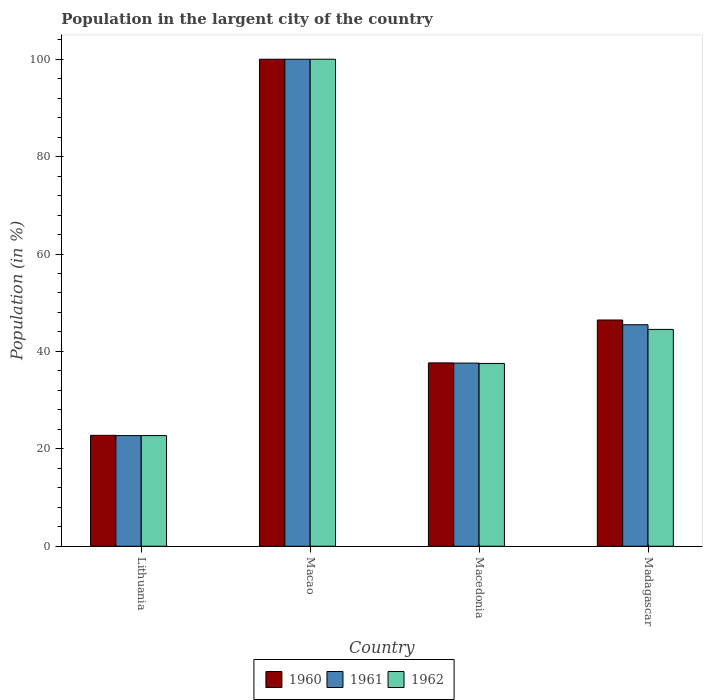
| Country | 1960 | 1961 | 1962 |
 | --- | --- | --- | --- |
 | Lithuania | 22.8 | 22.7 | 22.7 |
 | Macao | 100 | 100 | 100 |
 | Macedonia | 37.6 | 37.6 | 37.5 |
 | Madagascar | 46.5 | 45.5 | 44.5 |